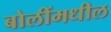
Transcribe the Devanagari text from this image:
बोलींमधील